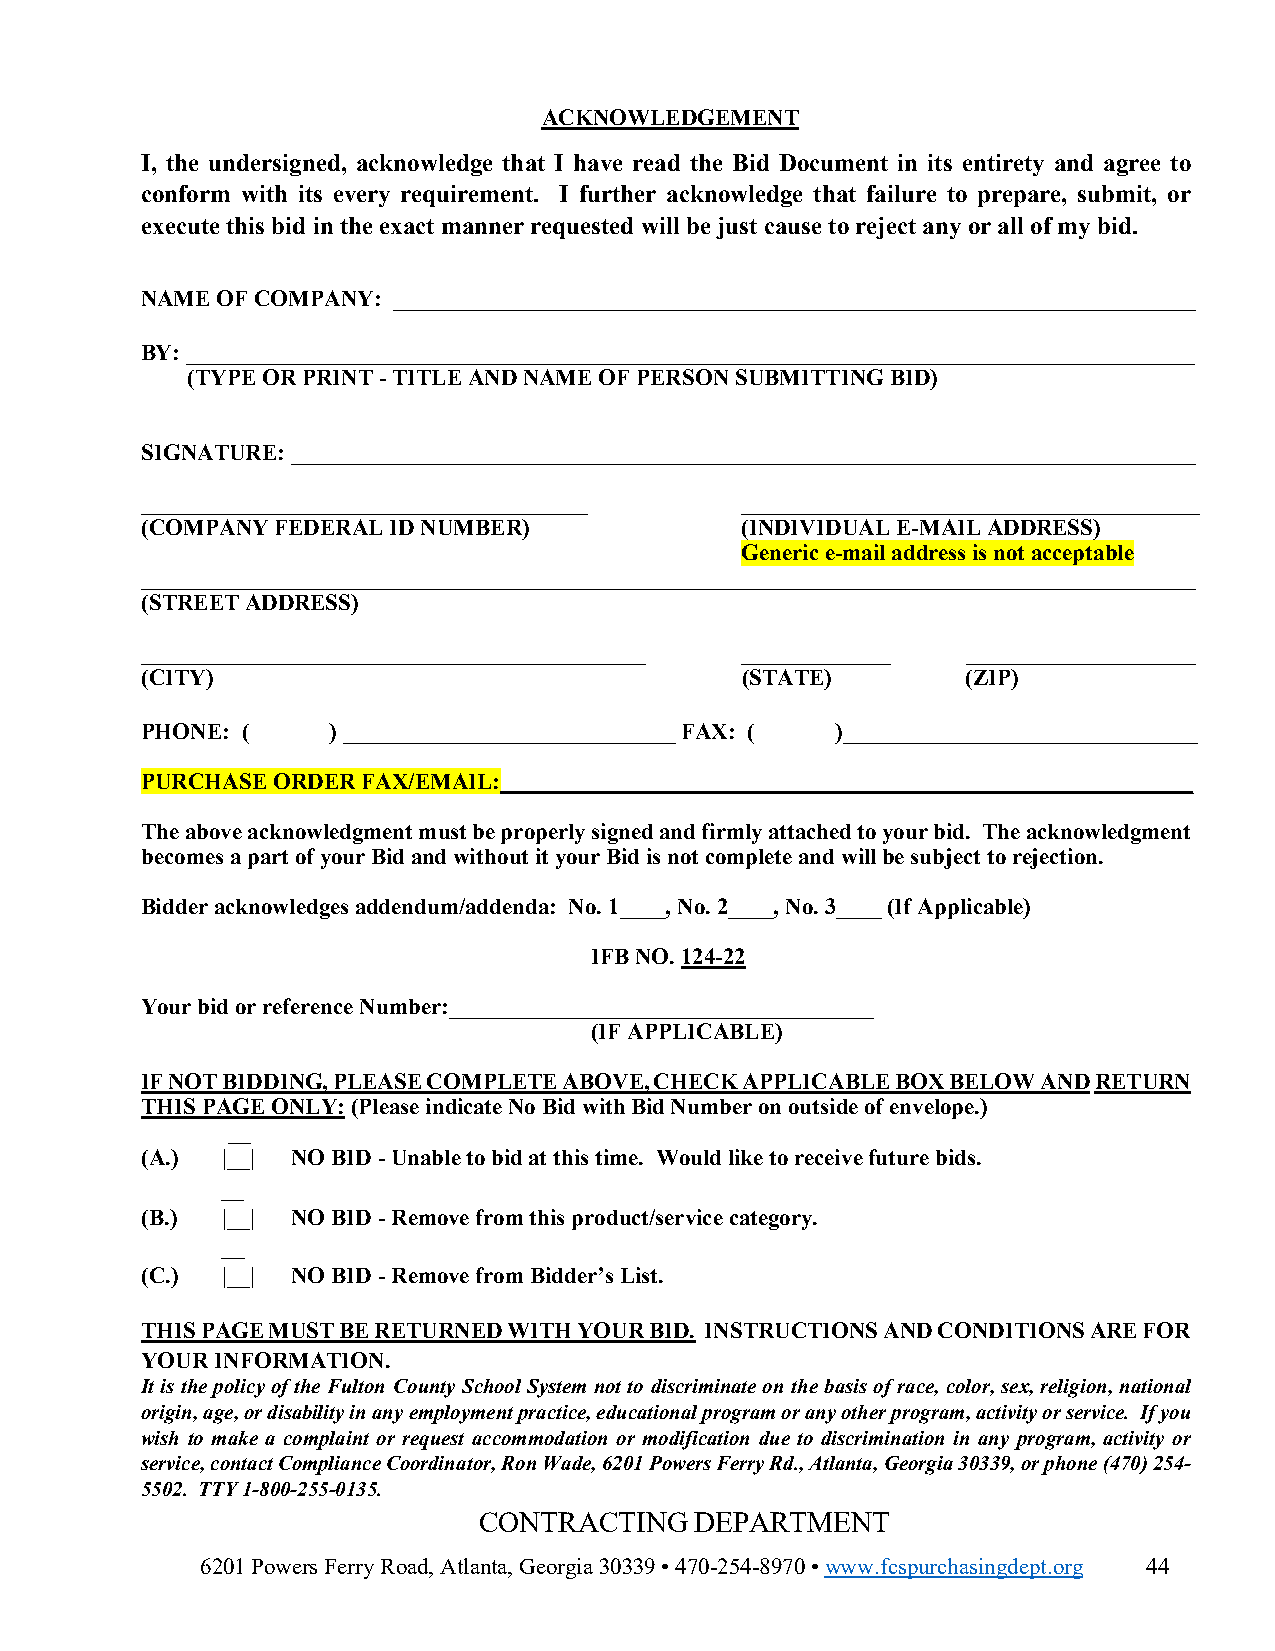
ACKNOWLEDGEMENT
 I, the undersigned, acknowledge that I have read the Bid Document in its entirety and agree to
 conform with its every requirement. I further acknowledge that failure to prepare, submit, or
 execute this bid in the exact manner requested will be just cause to reject any or all of my bid.
 NAME OF COMPANY: ______________________________________________________________________
 BY: ________________________________________________________________________________________
 (TYPE OR PRINT - TITLE AND NAME OF PERSON SUBMITTING BID)
 SIGNATURE: _______________________________________________________________________________
 _______________________________________ ________________________________________
 (COMPANY FEDERAL ID NUMBER)             (INDIVIDUAL E-MAIL ADDRESS)
 Generic e-mail address is not acceptable
 ____________________________________________________________________________________________
 (STREET ADDRESS)
 ____________________________________________ _____________ ____________________
 (CITY)                                  (STATE)        (ZIP)
 PHONE: (     ) _____________________________ FAX: ( )_______________________________
 PURCHASE ORDER FAX/EMAIL: ____________________________________________________________
 The above acknowledgment must be properly signed and firmly attached to your bid. The acknowledgment
 becomes a part of your Bid and without it your Bid is not complete and will be subject to rejection.
 Bidder acknowledges addendum/addenda: No. 1____, No. 2____, No. 3____ (If Applicable)
 IFB NO. 124-22
 Your bid or reference Number:_____________________________________
 (IF APPLICABLE)
 IF NOT BIDDING, PLEASE COMPLETE ABOVE, CHECK APPLICABLE BOX BELOW AND RETURN
 THIS PAGE ONLY: (Please indicate No Bid with Bid Number on outside of envelope.)
 __
 (A.)  |__| NO BID - Unable to bid at this time. Would like to receive future bids.
 __
 (B.)  |__| NO BID - Remove from this product/service category.
 __
 (C.)  |__| NO BID - Remove from Bidder’s List.
 THIS PAGE MUST BE RETURNED WITH YOUR BID. INSTRUCTIONS AND CONDITIONS ARE FOR
 YOUR INFORMATION.
 It is the policy of the Fulton County School System not to discriminate on the basis of race, color, sex, religion, national
 origin, age, or disability in any employment practice, educational program or any other program, activity or service. If you
 wish to make a complaint or request accommodation or modification due to discrimination in any program, activity or
 service, contact Compliance Coordinator, Ron Wade, 6201 Powers Ferry Rd., Atlanta, Georgia 30339, or phone (470) 254-
 5502. TTY 1-800-255-0135.
 CONTRACTING   DEPARTMENT
 6201 Powers Ferry Road, Atlanta, Georgia 30339 • 470-254-8970 • www.fcspurchasingdept.org 44